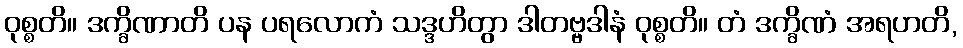
ဝုစ္စတိ။ ဒက္ခိဏာတိ ပန ပရလောကံ သဒ္ဒဟိတွာ ဒါတဗ္ဗဒါနံ ဝုစ္စတိ။ တံ ဒက္ခိဏံ အရဟတိ,